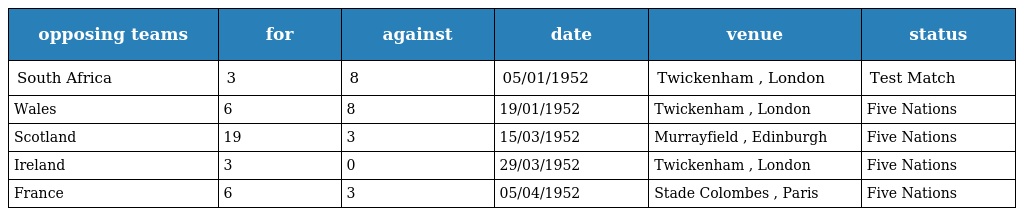
| opposing teams | for | against | date | venue | status |
 | --- | --- | --- | --- | --- | --- |
 | South Africa | 3 | 8 | 05/01/1952 | Twickenham , London | Test Match |
 | Wales | 6 | 8 | 19/01/1952 | Twickenham , London | Five Nations |
 | Scotland | 19 | 3 | 15/03/1952 | Murrayfield , Edinburgh | Five Nations |
 | Ireland | 3 | 0 | 29/03/1952 | Twickenham , London | Five Nations |
 | France | 6 | 3 | 05/04/1952 | Stade Colombes , Paris | Five Nations |